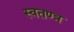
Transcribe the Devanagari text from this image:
स्वतण्त्र